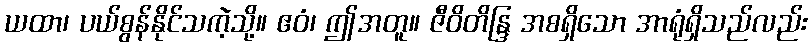
ယထာ၊ ပယ်စွန်နိုင်သကဲ့သို့။ ဧဝံ၊ ဤအတူ။ ဇီဝိတိန္ဒြ အစရှိသော အာရုံရှိသည်လည်း